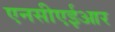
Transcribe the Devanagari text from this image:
एनसीएईआर